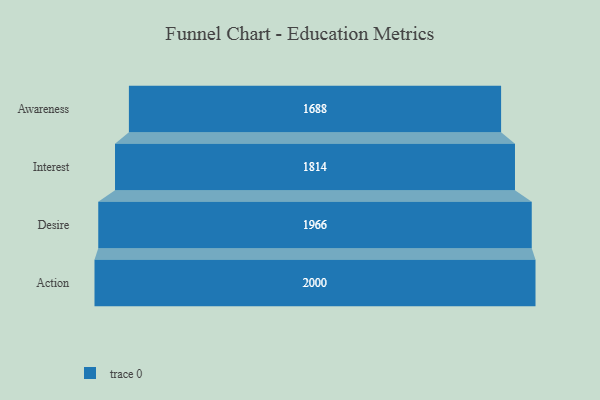
{"axis": {"x": "Stage", "y": "Value"}, "legend": [""], "data": [{"x": "Awareness", "y": 1688.0, "type": ""}, {"x": "Interest", "y": 1814.0, "type": ""}, {"x": "Desire", "y": 1966.0, "type": ""}, {"x": "Action", "y": 2000, "type": ""}]}